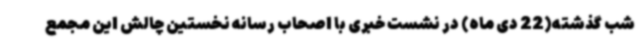
شب گذشته(22 دی ماه) در نشست خبری با اصحاب رسانه نخستین چالش این مجمع